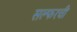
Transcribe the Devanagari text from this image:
सल्फरची